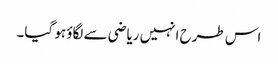
اس طرح انہیں ریاضی سے لگاؤ ہو گیا۔